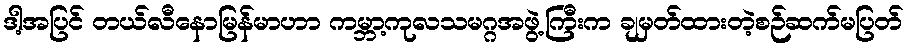
ဒါ့အပြင် တယ်လီနောမြန်မာဟာ ကမ္ဘာ့ကုလသမဂ္ဂအဖွဲ့ကြီးက ချမှတ်ထားတဲ့စဉ်ဆက်မပြတ်